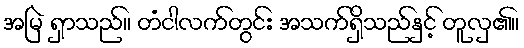
အမြဲ ရှာသည်။ တံငါလက်တွင်း အသက်ရှိသည်နှင့် တူလှ၏။